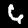
Digit: 6